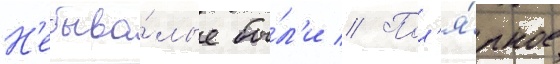
Н'ебыва́лые бы́л'и // Пол'я́рное